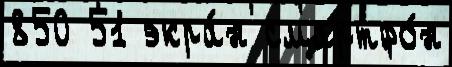
850 51 экра́н смартфо́н